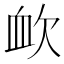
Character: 欰